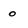
Character: o